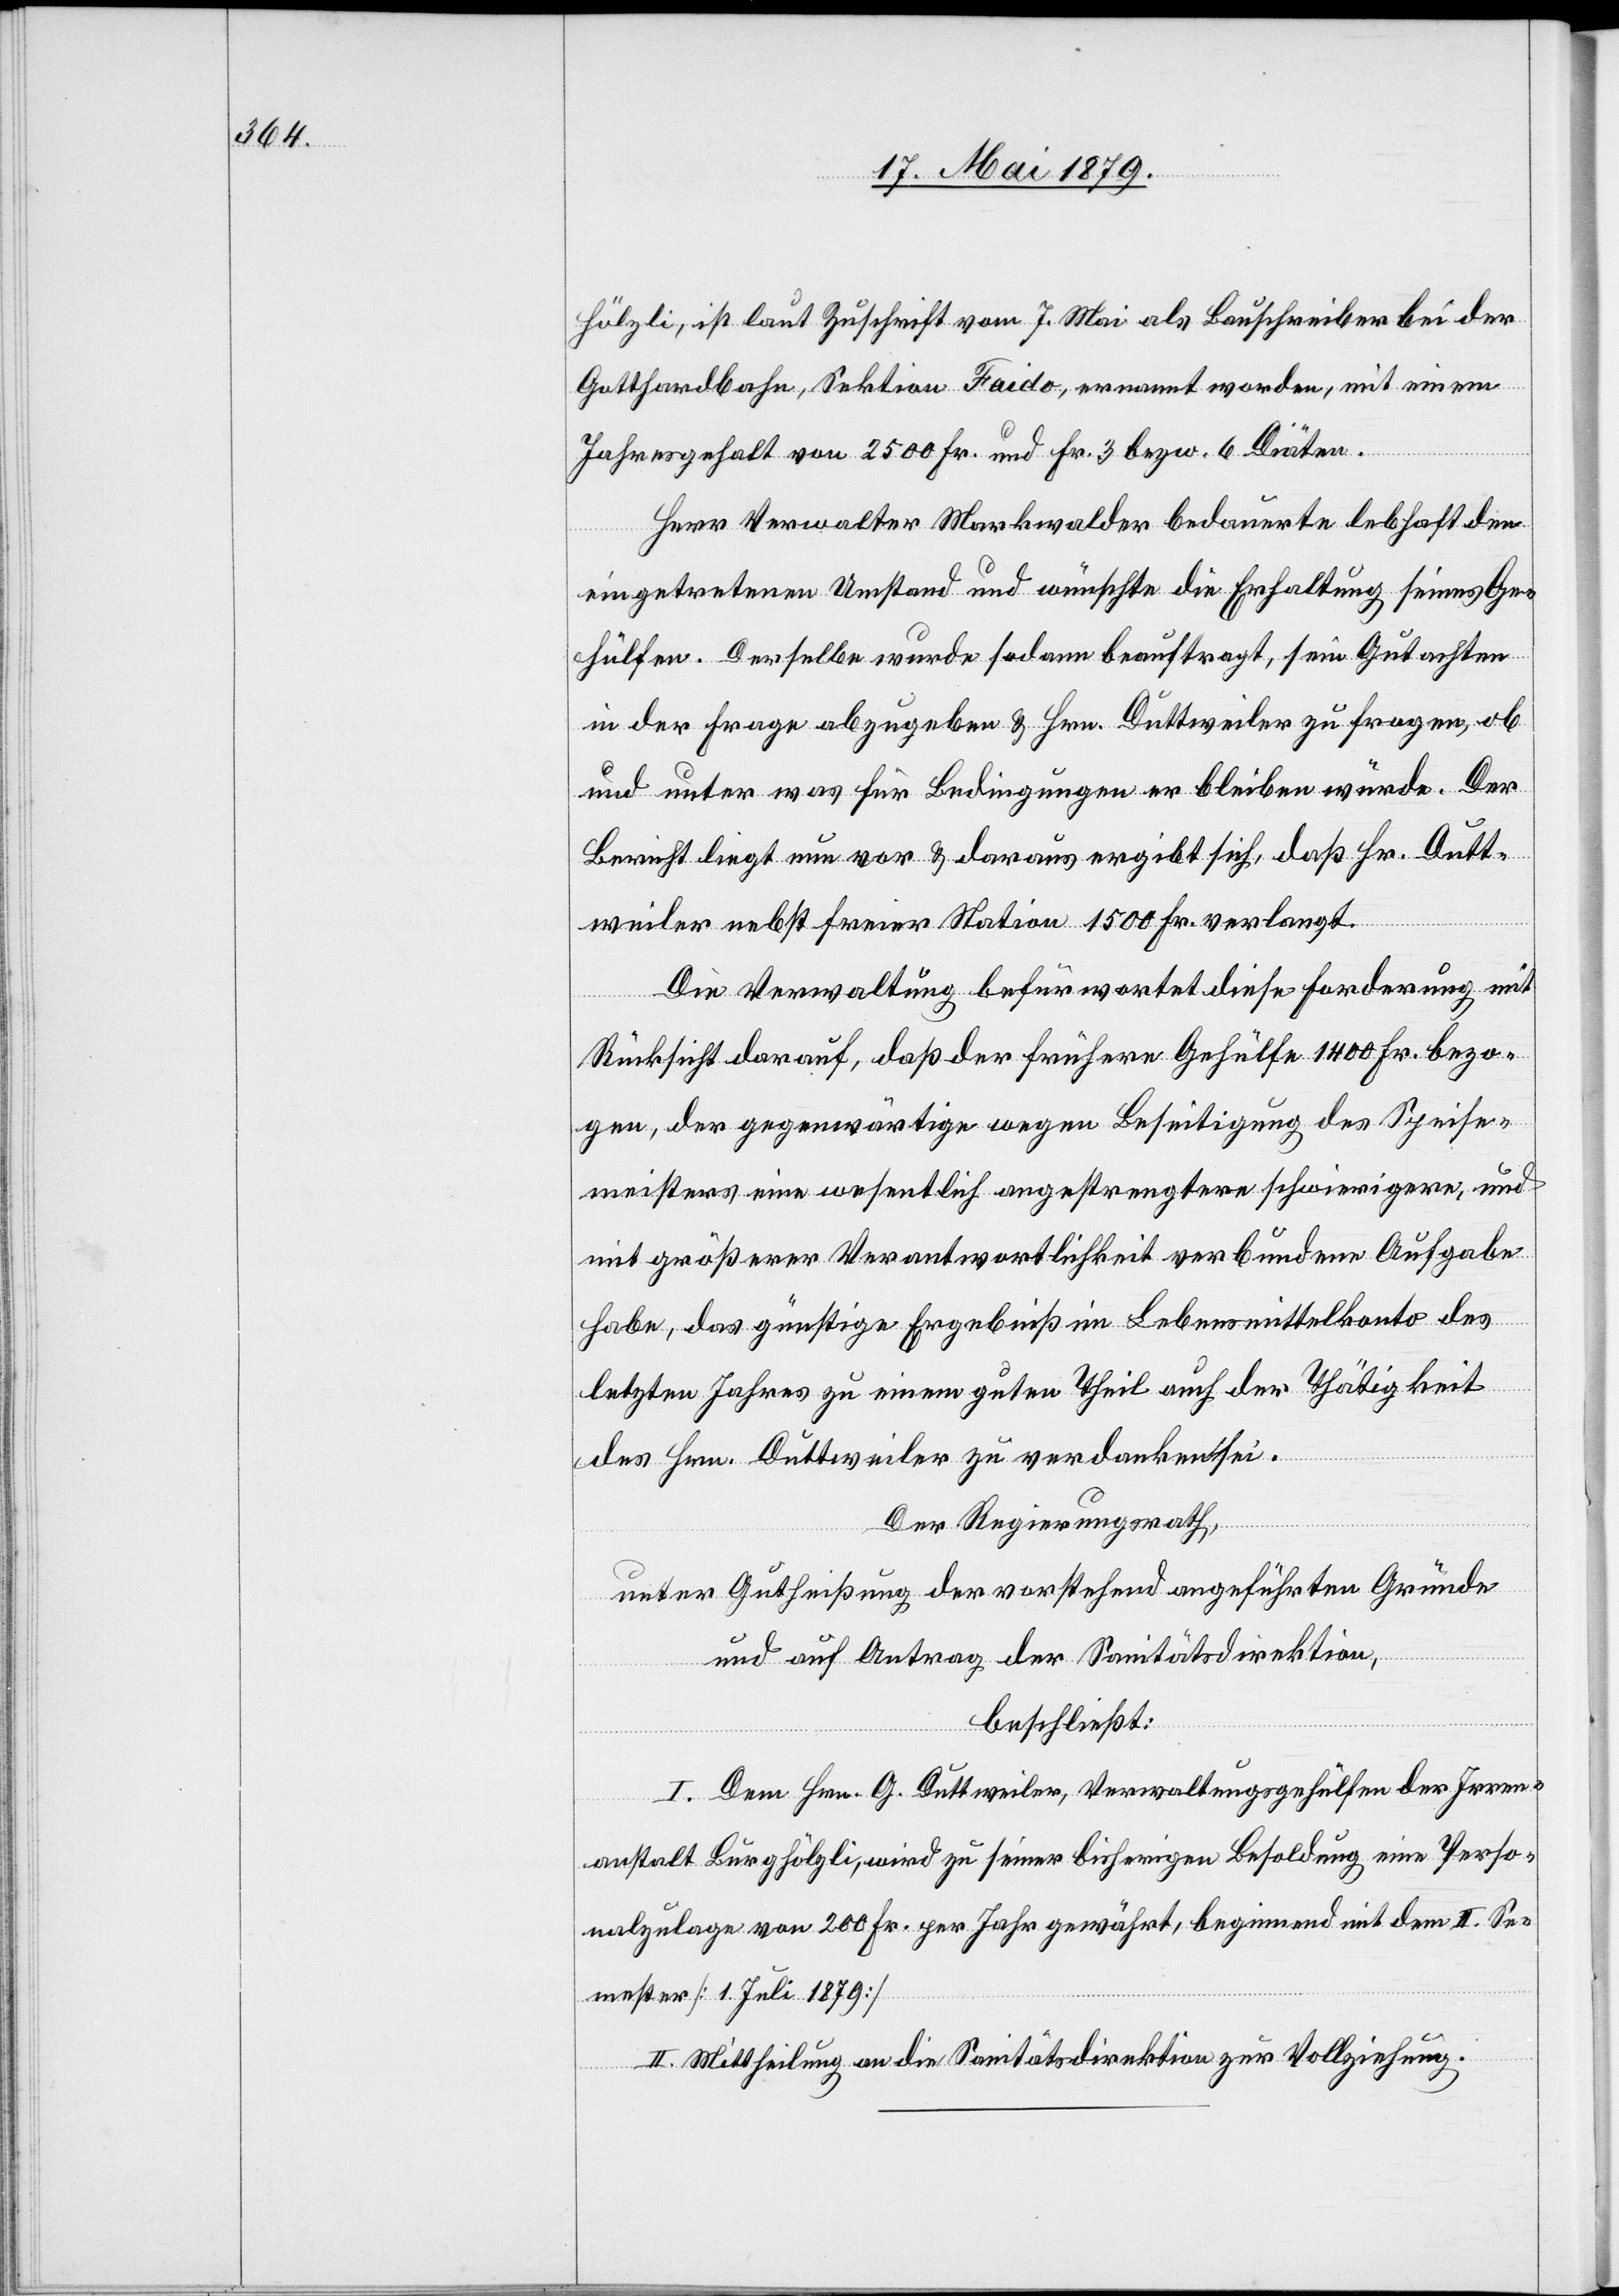
hölzli, ist laut Zuschrift vom 7. Mai als Bauschreiber bei der
Gotthardbahn, Sektion Faido, ernannt worden, mit einem
Jahresgehalt von 2500 Fr. und Fr. 3 bezw. 6 Diäten.
Herr Verwalter Markwalder bedauerte lebhaft den
eingetretenen Umstand und wünschte die Erhaltung seines Ge¬
hülfen. Derselbe wurde sodann beauftragt, sein Gutachten
in der Frage abzugeben & Hrn. Duttweiler zu fragen, ob
und unter was für Bedingungen er bleiben würde. Der
Bericht liegt nun vor & daraus ergibt sich, daß Hr. Dutt¬
weiler nebst freier Station 1500 Fr. verlangt.
Die Verwaltung befürwortet diese Forderung mit
Rücksicht darauf, daß der frühere Gehülfe 1400 Fr. bezo¬
gen, der gegenwärtige wegen Beseitigung des Speise¬
meisters eine wesentlich angestrengtere schwierigere, und
mit größerer Verantwortlichkeit verbundene Aufgabe
habe, das günstige Ergebniß im Lebensmittelkonto des
letzten Jahres zu einem guten Theil auch der Thätigkeit
des Hrn. Duttweiler zu verdanken sei.
Der Regierungsrath,
unter Gutheißung der vorstehend angeführten Gründe
und auf Antrag der Sanitätsdirektion,
beschließt:
I. Dem Hrn. G. Duttweiler, Verwaltungsgehülfen der Irren¬
anstalt Burghölzli, wird zu seiner bisherigen Besoldung eine Perso¬
nalzulage von 200 Fr. per Jahr gewährt, beginnend mit dem II. Se¬
mester [1. Juli 1879]
II. Mittheilung an die Sanitätsdirektion zur Vollziehung.